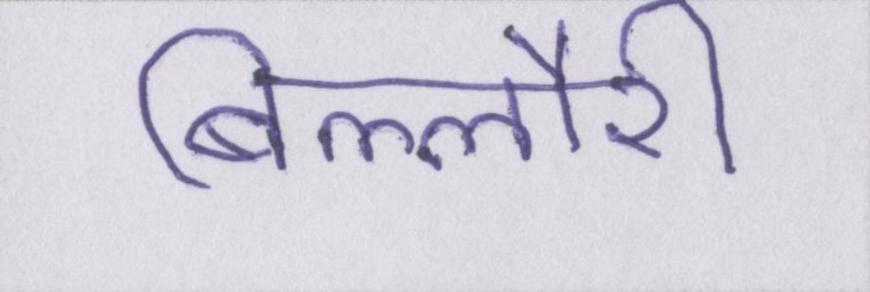
बिल्लौरी